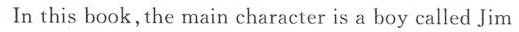
In this book,the main character is a boy called Jim